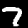
Digit: 7